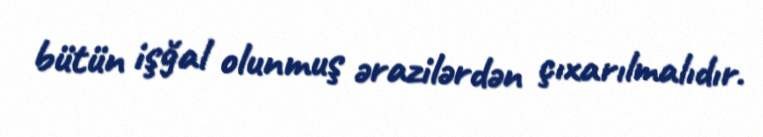
bütün işğal olunmuş ərazilərdən çıxarılmalıdır.